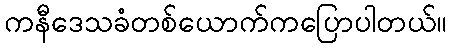
ကနီဒေသခံတစ်ယောက်ကပြောပါတယ်။